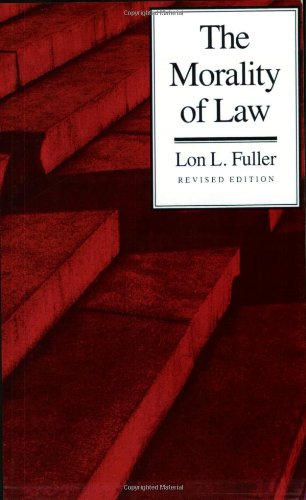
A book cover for The Morality of Law: Revised Edition (The Storrs Lectures Series); Lon L. Fuller; Law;